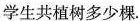
学生共植树多少棵.